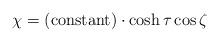
LaTeX: \begin{align*}\chi =({\rm constant})\cdot \cosh \tau \cos \zeta\end{align*}